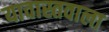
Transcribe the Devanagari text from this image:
यावास्तवाला